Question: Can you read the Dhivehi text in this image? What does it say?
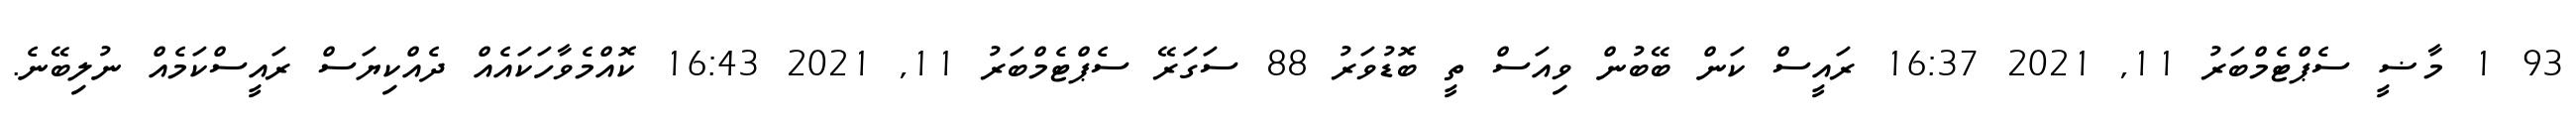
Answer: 93 1 މާޟީ ސެޕްޓެމްބަރު 11, 2021 16:37 ރައީސް ކަން ބޭބުން ވިއަސް ތީ ބޮޑުވަރު 88 ސަގަރޭ ސެޕްޓެމްބަރު 11, 2021 16:43 ކޮއްމެވާހަކައެއް ދެއްކިޔަސް ރައީސްކަމެއް ނުލިބޭނެ.